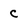
Character: c